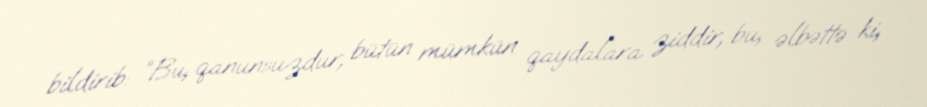
bildirib: “Bu, qanunsuzdur, bütün mümkün qaydalara ziddir, bu, əlbəttə ki,